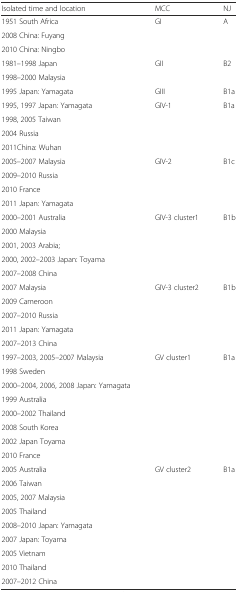
| Isolated time and location | MCC | NJ |
 | --- | --- | --- |
 | 1951 South Africa | <ROWSPAN=3> GI | <ROWSPAN=3> A |
 | 2008 China: Fuyang |
 | 2010 China: Ningbo |
 | 1981–1998 Japan | <ROWSPAN=2> GII | <ROWSPAN=2> B2 |
 | 1998–2000 Malaysia |
 | 1995 Japan: Yamagata | GIII | B1a |
 | 1995, 1997 Japan: Yamagata | <ROWSPAN=4> GIV-1 | <ROWSPAN=4> B1a |
 | 1998, 2005 Taiwan |
 | 2004 Russia |
 | 2011China: Wuhan |
 | 2005–2007 Malaysia | <ROWSPAN=4> GIV-2 | <ROWSPAN=4> B1c |
 | 2009–2010 Russia |
 | 2010 France |
 | 2011 Japan: Yamagata |
 | 2000–2001 Australia | GIV-3 cluster1 | B1b |
 | 2000 Malaysia |  |  |
 | 2001, 2003 Arabia; |  |  |
 | 2000, 2002–2003 Japan: Toyama |  |  |
 | 2007–2008 China |  |  |
 | 2007 Malaysia | <ROWSPAN=5> GIV-3 cluster2 | <ROWSPAN=5> B1b |
 | 2009 Cameroon |
 | 2007–2010 Russia |
 | 2011 Japan: Yamagata |
 | 2007–2013 China |
 | 1997–2003, 2005–2007 Malaysia | <ROWSPAN=8> GV cluster1 | <ROWSPAN=8> B1a |
 | 1998 Sweden |
 | 2000–2004, 2006, 2008 Japan: Yamagata |
 | 1999 Australia |
 | 2000–2002 Thailand |
 | 2008 South Korea |
 | 2002 Japan Toyama |
 | 2010 France |
 | 2005 Australia | <ROWSPAN=9> GV cluster2 | <ROWSPAN=9> B1a |
 | 2006 Taiwan |
 | 2005, 2007 Malaysia |
 | 2005 Thailand |
 | 2008–2010 Japan: Yamagata |
 | 2007 Japan: Toyama |
 | 2005 Vietnam |
 | 2010 Thailand |
 | 2007–2012 China |